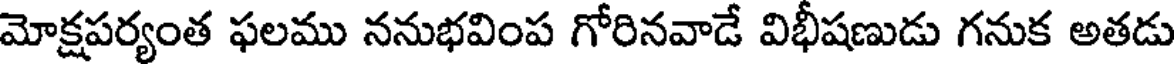
మోక్షపర్యంత ఫలము ననుభవింప గోరినవాడే విభీషణుడు గనుక అతడు